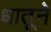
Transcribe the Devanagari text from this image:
धातूने